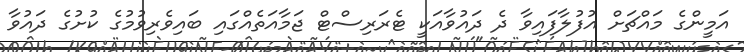
އަމީންގެ މައްޗަށް އުފުލާފައިވާ ދެ ދައުވާއަކީ ޓެރަރިސްޓް ޖަމާއަތެއްގައި ބައިވެރިވުމުގެ ކުށުގެ ދައުވާ